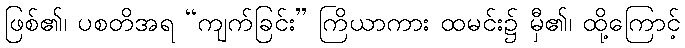
ဖြစ်၏၊ ပစတိအရ “ကျက်ခြင်း” ကြိယာကား ထမင်း၌ မှီ၏၊ ထို့ကြောင့်